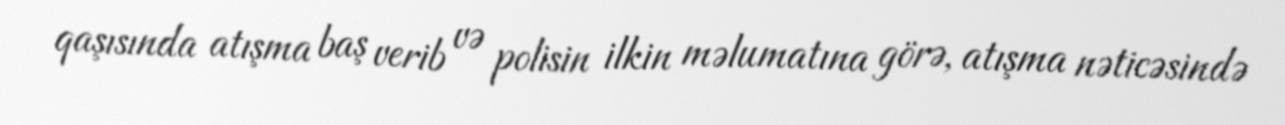
qaşısında atışma baş verib və polisin ilkin məlumatına görə, atışma nəticəsində